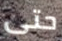
حتى